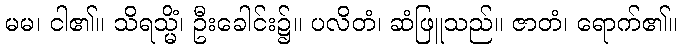
မမ၊ ငါ၏။ သိရသ္မိံ၊ ဦးခေါင်း၌။ ပလိတံ၊ ဆံဖြူသည်။ ဇာတံ၊ ရောက်၏။